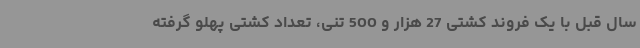
سال قبل با یک فروند کشتی 27 هزار و 500 تنی، تعداد کشتی پهلو گرفته